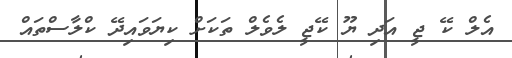
އެލް ކޭ ޖީ އަދި ޔޫ ކޭޖީ ލެވެލް ތަކަށް ކިޔަވައިދޭ ކްލާސްތައް